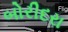
બોરીદરા